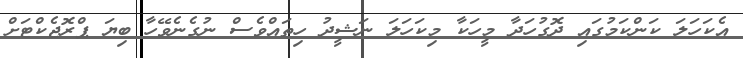
އެކަހަލަ ކަންކަމުގައި ދޮގުހަދާ މީހަކާ މިކަހަލަ ނަޝީދު ހިތައްވެސް ނުގެނެވޭހާ ބިޔަ ޕްރޮޖެކްޓަށް